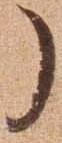
了